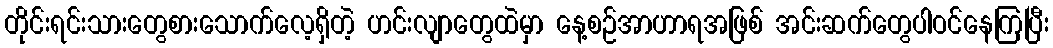
တိုင်းရင်းသားတွေစားသောက်လေ့ရှိတဲ့ ဟင်းလျာတွေထဲမှာ နေ့စဉ်အာဟာရအဖြစ် အင်းဆက်တွေပါဝင်နေကြပြီး